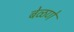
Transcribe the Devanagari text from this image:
बेळणे